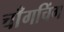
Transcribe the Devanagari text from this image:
चाँगचिंग